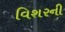
વિશરની